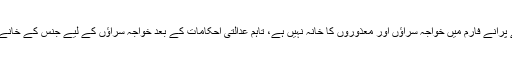
مردم شماری کے عملے کو دیئے گئے پرانے فارم میں خواجہ سراؤں اور معذوروں کا خانہ نہیں ہے، تاہم عدالتی احکامات کے بعد خواجہ سراؤں کے لیے جنس کے خانے میں 6 کا ہندسہ استعمال کیا جائے گا۔